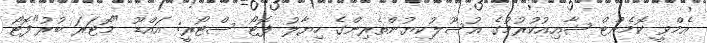
އެމްވީ ކޮމެންޓް ޝާއިއުކުރުމުގެ އުސޫލުކިޔުންތެރިންގެ ހިޔާލު ފޮޓޯ ސްޓޯރީ: އައްޑޫ "މޮޓަރަ ބުރު"ފޮޓޯ